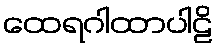
ထေရဂါထာပါဠိ